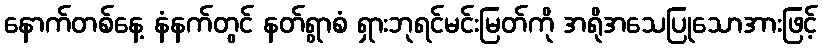
နောက်တစ်နေ့ နံနက်တွင် နတ်ရွာစံ ရှားဘုရင်မင်းမြတ်ကို အရိုအသေပြုသောအားဖြင့်